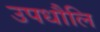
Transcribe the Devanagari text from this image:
उपधौलि